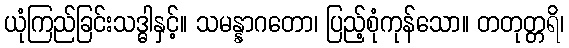
ယုံကြည်ခြင်းသဒ္ဓါနှင့်။ သမန္နာဂတော၊ ပြည့်စုံကုန်သော။ တတုတ္တရိ၊